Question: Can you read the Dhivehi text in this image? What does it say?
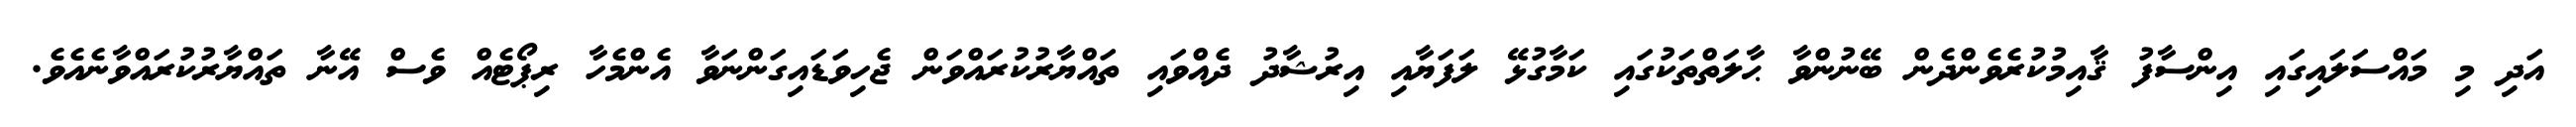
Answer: އަދި މި މައްސަލައިގައި އިންސާފު ޤާއިމުކުރެވެންދެން ބޭނުންވާ ޙާލަތްތަކުގައި ކަމާގުޅޭ ލަފަޔާއި އިރުޝާދު ދެއްވައި ތައްޔާރުކުރައްވަން ޖެހިވަޑައިގަންނަވާ އެންމެހާ ރިޕޯޓެއް ވެސް އޭނާ ތައްޔާރުކުރައްވާނެއެވެ.